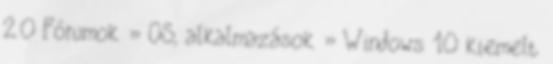
2.0 Fórumok » OS, alkalmazások » Windows 10 kiemelt